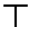
\top